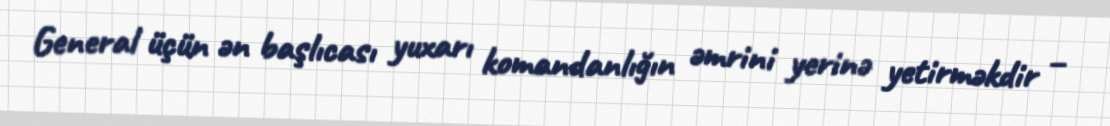
General üçün ən başlıcası yuxarı komandanlığın əmrini yerinə yetirməkdir –